Civil Veterinary Dept. North-West Frontier Province 1901-22 - 1901-1922
Year: 1901
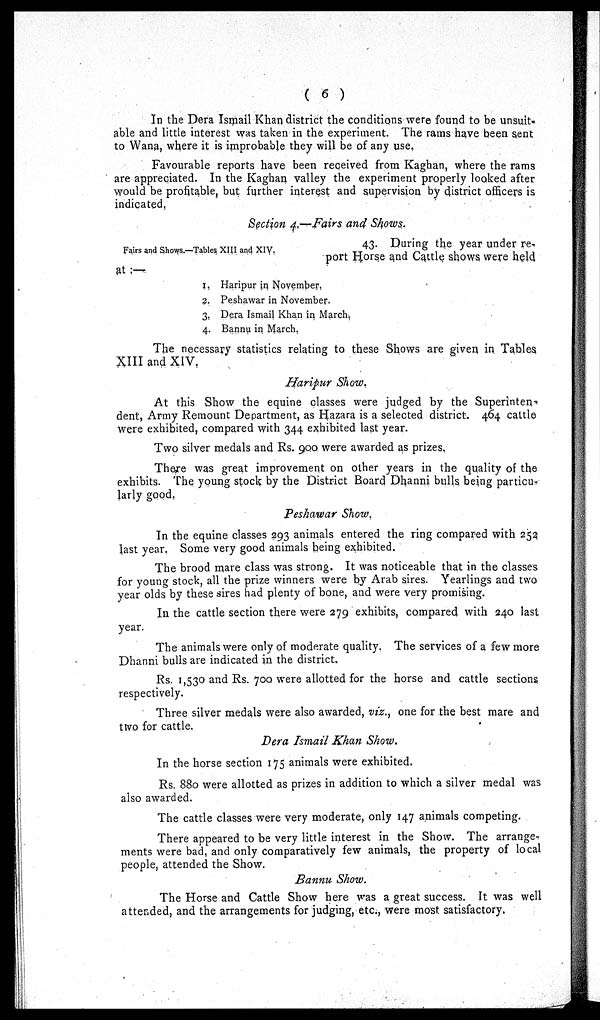
(6)
In the Dera Ismail Khan district the conditions were found to be unsuit-
able and little interest was taken in the experiment. The rams have been sent
to Wana, where it is improbable they will be of any use.
Favourable reports have been received from Kaghan, where the rams
are appreciated. In the Kaghan valley the experiment properly looked after
would be profitable, but further interest and supervision by district officers is
indicated.
Section 4.—Fairs and Shows.
Fairs and Shows.—Tables XIII and XIV,
43. During the year under re-
port Horse and Cattle shows were held
at:—
1. Haripur in November,
2. Peshawar in November.
3. Dera Ismail Khan in March,
4. Bannu in March.
The necessary statistics relating to these Shows are given in Tables
XIII and XIV.
Haripur Show.
At this Show the equine classes were judged by the Superinten-
dent, Army Remount Department, as Hazara is a selected district. 464 cattle
were exhibited, compared with 344 exhibited last year.
Two silver medals and Rs. 900 were awarded as prizes,
There was great improvement on other years in the quality of the
exhibits. The young stock by the District Board Dhanni bulls being particu-
larly good.
Peshawar Show.
In the equine classes 293 animals entered the ring compared with 252
last year. Some very good animals being exhibited.
The brood mare class was strong. It was noticeable that in the classes
for young stock, all the prize winners were by Arab sires. Yearlings and two
year olds by these sires had plenty of bone, and were very promising.
In the cattle section there were 279 exhibits, compared with 240 last
year.
The animals were only of moderate quality. The services of a few more
Dhanni bulls are indicated in the district.
Rs. 1,530 and Rs. 700 were allotted for the horse and cattle sections
respectively.
Three silver medals were also awarded, viz., one for the best mare and
two for cattle.
Dera Ismail Khan Show.
In the horse section 175 animals were exhibited.
Rs. 880 were allotted as prizes in addition to which a silver medal was
also awarded.
The cattle classes were very moderate, only 147 animals competing.
There appeared to be very little interest in the Show. The arrange-
ments were bad, and only comparatively few animals, the property of local
people, attended the Show.
Bannu Show.
The Horse and Cattle Show here was a great success. It was well
attended, and the arrangements for judging, etc., were most satisfactory.